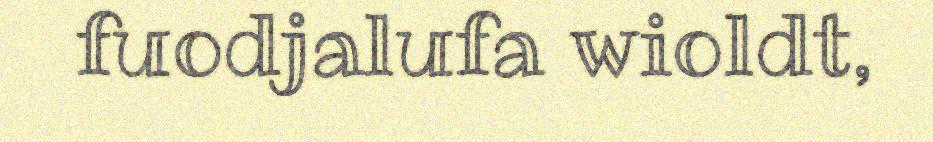
fuodjalufa wioldt,